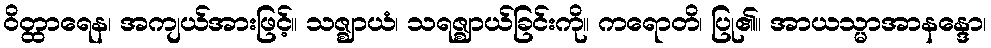
ဝိတ္ထာရေန၊ အကျယ်အားဖြင့်။ သဇ္ဈာယံ၊ သရဇ္ဈာယ်ခြင်းကို။ ကရောတိ၊ ပြု၏။ အာယသ္မာအာနန္ဒော၊